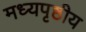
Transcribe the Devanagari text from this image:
मध्यपृष्ठीय